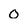
Character: 0